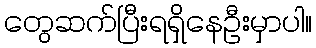
တွေဆက်ပြီးရရှိနေဦးမှာပါ။